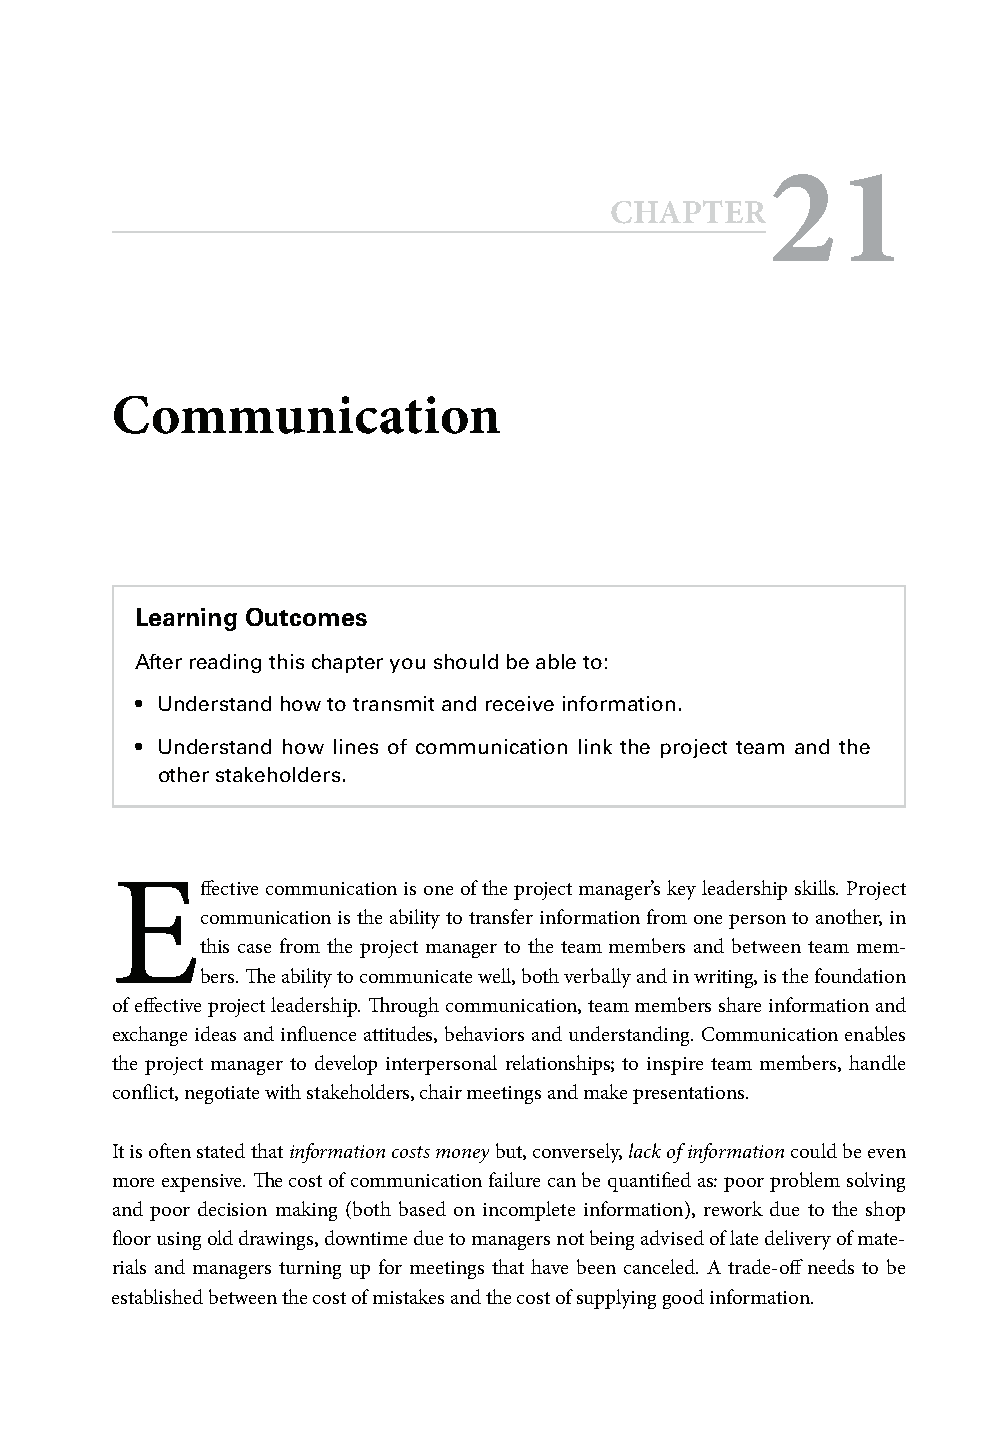
21
 CHAPTER
 Communication
 Learning Outcomes
 After reading this chapter you should be able to:
 • Understand how to transmit and receive information.
 • Understand how lines of communication link the project team and the
 other stakeholders.
 E
 ff ective communication is one of the project manager’s key leadership skills. Project
 communication is the ability to transfer information from one person to another, in
 this case from the project manager to the team members and between team mem-
 bers. Th e ability to communicate well, both verbally and in writing, is the foundation
 of eff ective project leadership. Th rough communication, team members share information and
 exchange ideas and infl uence attitudes, behaviors and understanding. Communication enables
 the project manager to develop interpersonal relationships; to inspire team members, handle
 confl ict, negotiate with stakeholders, chair meetings and make presentations.
 It is oft en stated that information costs money but, conversely, lack of information could be even
 more expensive. Th e cost of communication failure can be quantifi ed as: poor problem solving
 and poor decision making (both based on incomplete information), rework due to the shop
 fl oor using old drawings, downtime due to managers not being advised of late delivery of mate-
 rials and managers turning up for meetings that have been canceled. A trade-off needs to be
 established between the cost of mistakes and the cost of supplying good information.